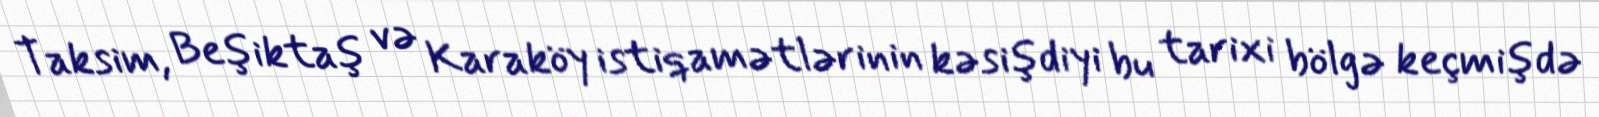
Taksim, Beşiktaş və Karaköy istiqamətlərinin kəsişdiyi bu tarixi bölgə keçmişdə